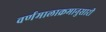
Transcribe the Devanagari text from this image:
वर्णमालाक्रमानुसारी